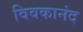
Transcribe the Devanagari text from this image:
विवकानंद